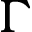
\Gamma